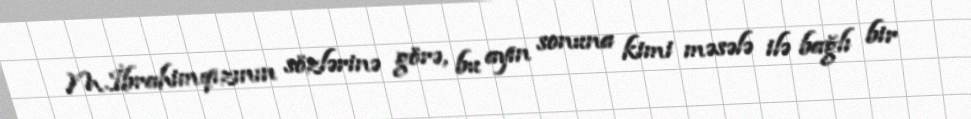
M.İbrahimqızının sözlərinə görə, bu ayın sonuna kimi məsələ ilə bağlı bir